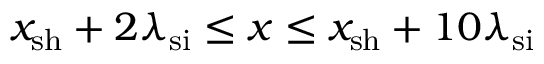
x _ { \mathrm { s h } } + 2 \lambda _ { \mathrm { s i } } \leq x \leq x _ { \mathrm { s h } } + 1 0 \lambda _ { \mathrm { s i } }